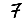
Digit: 7